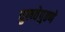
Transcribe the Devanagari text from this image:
चुलतेपुतणे